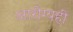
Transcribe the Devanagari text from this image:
आरोग्यही